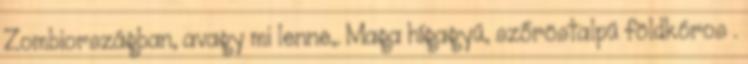
Zombiországban, avagy mi lenne,. Maga hígagyú, szőröstalpú földkóros .